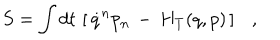
LaTeX: S = \int d t \, \left[ \, \dot { q } ^ { n } p _ { n } \, - \, H _ { T } ( q , p ) \, \right] \ \ \ ,